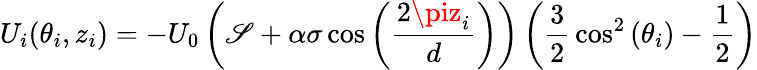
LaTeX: U_{i}(\theta_{i},z_{i})=-U_{0}\left(\mathscr{S}+\alpha\sigma\cos\left({\frac{{2\piz_{i}}}{{d}}}\right)\right)\left({\frac{{3}}{{2}}}\cos^{2}\left(\theta_{i}\right)-{\frac{{1}}{{2}}}\right)